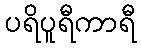
ပရိပူရီကာရီ